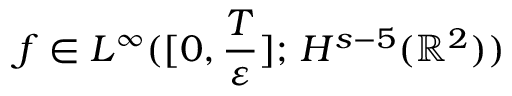
f \in L ^ { \infty } ( [ 0 , \frac { T } { \varepsilon } ] ; \, H ^ { s - 5 } ( \mathbb { R } ^ { 2 } ) )